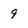
Character: 9